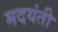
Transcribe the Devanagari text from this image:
मदयंती